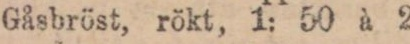
Gåsbröst, rökt, 1: 50 à 2